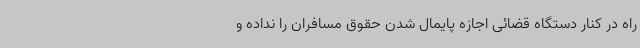
راه در کنار دستگاه قضائی اجازه پایمال شدن حقوق مسافران را نداده و